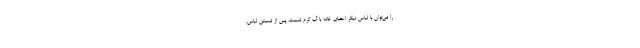
را می‌توان با لباس دیگر اعضای خانه با آب گرم شست. پس از شستن لباس،